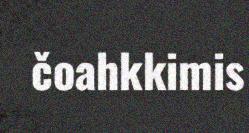
čoahkkimis